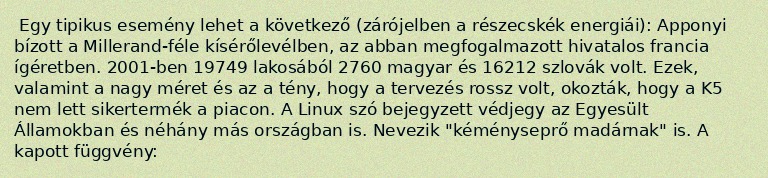
Egy tipikus esemény lehet a következő (zárójelben a részecskék energiái): Apponyi bízott a Millerand-féle kísérőlevélben, az abban megfogalmazott hivatalos francia ígéretben. 2001-ben 19749 lakosából 2760 magyar és 16212 szlovák volt. Ezek, valamint a nagy méret és az a tény, hogy a tervezés rossz volt, okozták, hogy a K5 nem lett sikertermék a piacon. A Linux szó bejegyzett védjegy az Egyesült Államokban és néhány más országban is. Nevezik "kéményseprő madárnak" is. A kapott függvény: